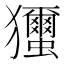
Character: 𤣝